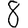
Digit: 8